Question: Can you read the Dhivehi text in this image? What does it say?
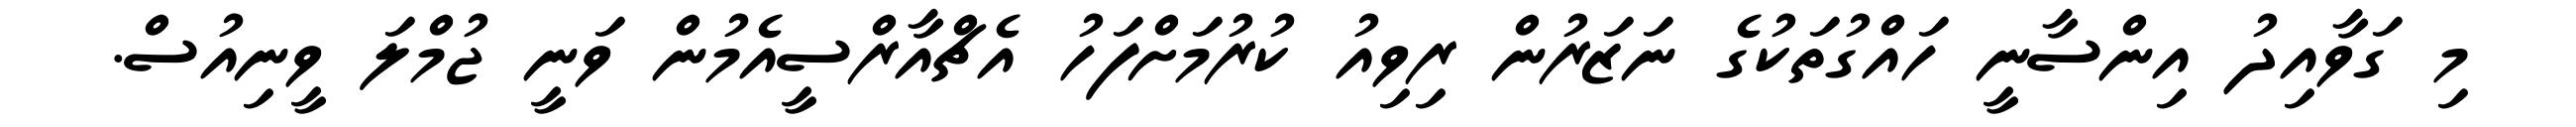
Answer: މި ގަވާއިދު އިންސާނީ ހައްގުތަކުގެ ނަޒަރުން ރިވިއު ކުރުމަށްފަހު އެޗްއާރްސީއެމުން ވަނީ ޖުމްލަ ވީނިއުސް.